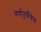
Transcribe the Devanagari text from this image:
वर्षापूर्वीचेच